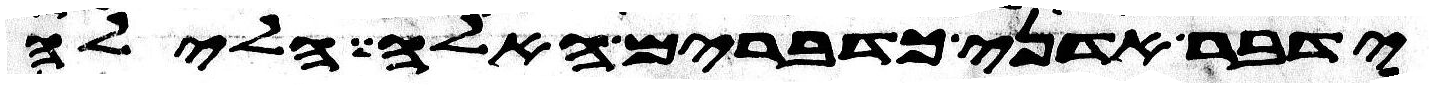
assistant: ידבר אדני כדברים האלה חלילה